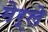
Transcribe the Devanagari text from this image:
मेर्ले